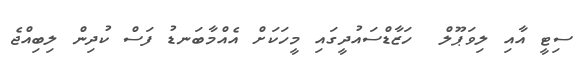
ސިޓީ އާއި ލިވަޕޫލް  ހަޒާޑްސައުދީގައި މީހަކަށް އެއްމާބަނޑު ފަސް ކުދިން ލިބިއްޖެ